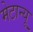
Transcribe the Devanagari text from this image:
मेटान्यू